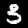
Label: 3